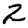
Digit: 2